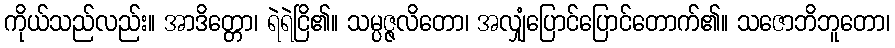
ကိုယ်သည်လည်း။ အာဒိတ္တော၊ ရဲရဲငြိ၏။ သမ္ပဇ္ဇလိတော၊ အလျှံပြောင်ပြောင်တောက်၏။ သဇောဘိဘူတော၊